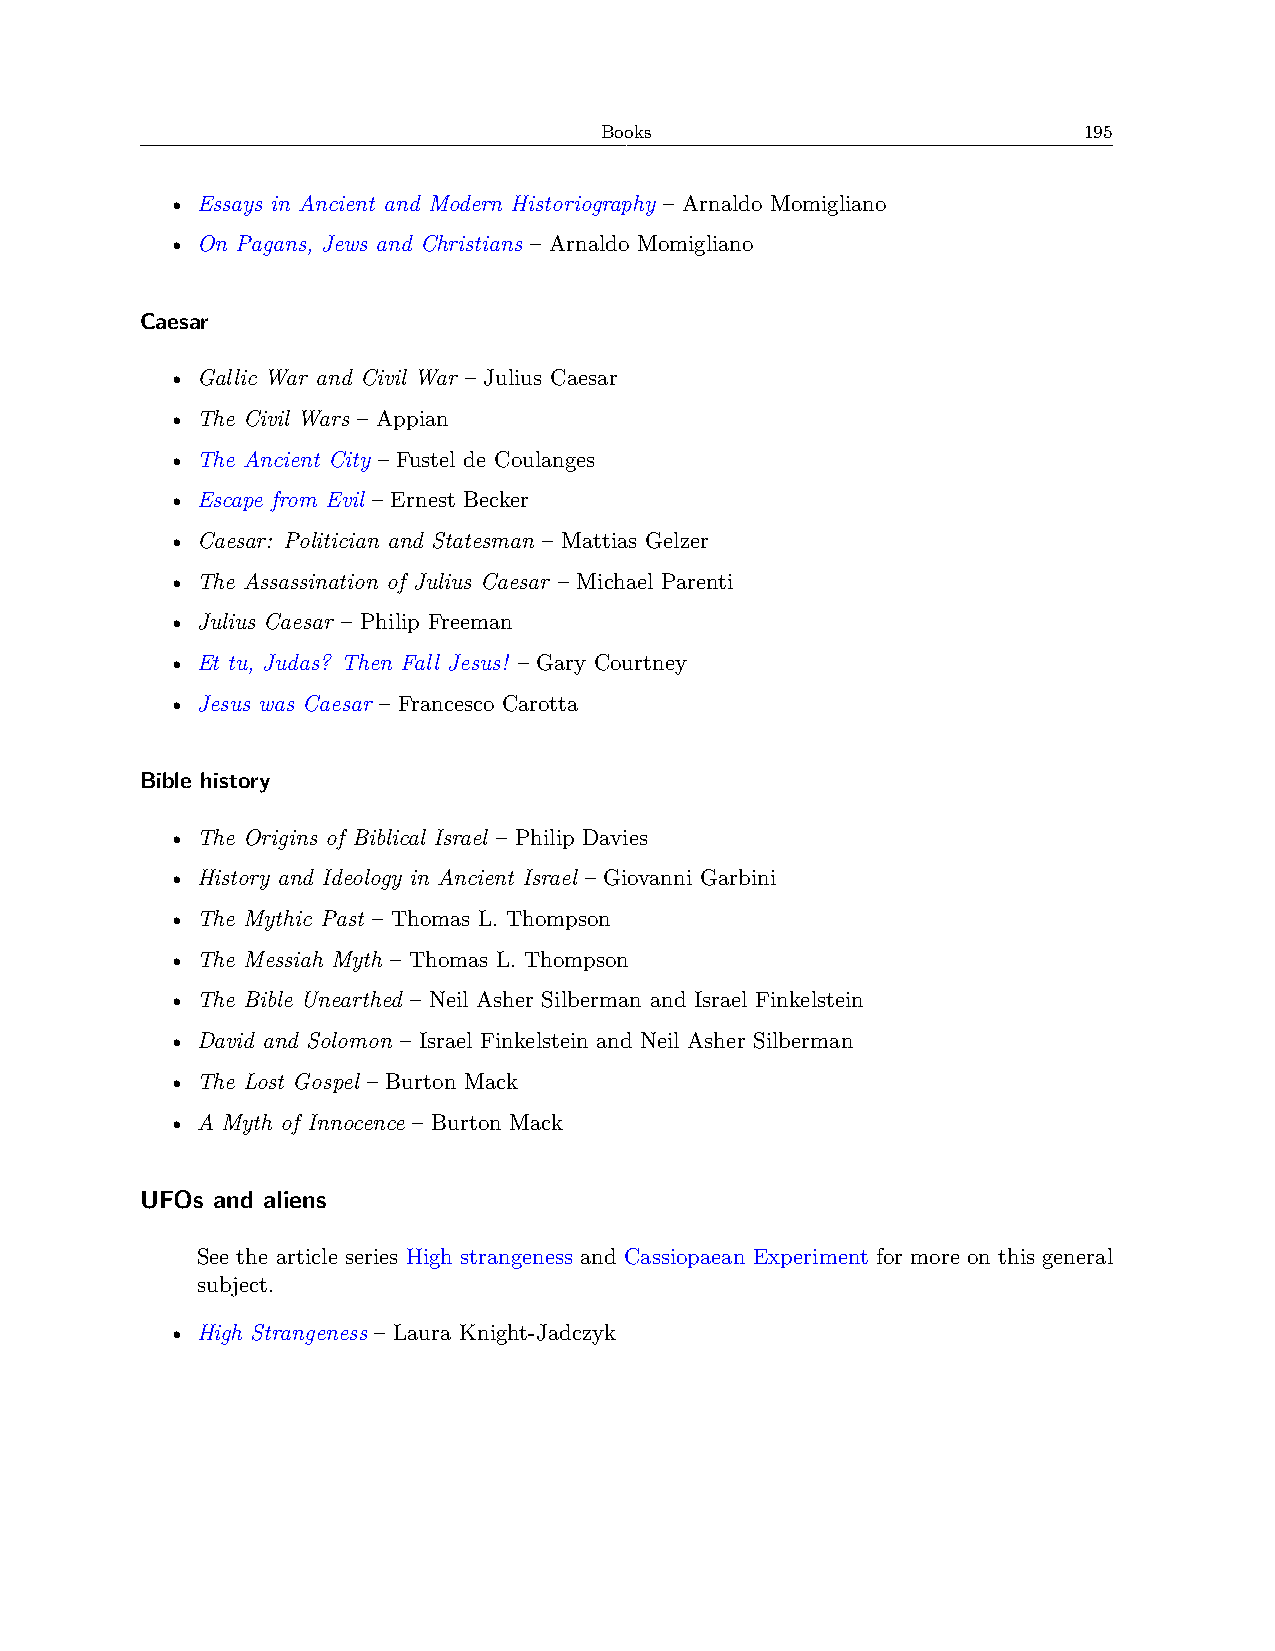
Books                           195
 • Essays in Ancient and Modern Historiography – Arnaldo Momigliano
 • On Pagans, Jews and Christians – Arnaldo Momigliano
 Caesar
 • Gallic War and Civil War – Julius Caesar
 • The Civil Wars – Appian
 • The Ancient City – Fustel de Coulanges
 • Escape from Evil – Ernest Becker
 • Caesar: Politician and Statesman – Mattias Gelzer
 • The Assassination of Julius Caesar – Michael Parenti
 • Julius Caesar – Philip Freeman
 • Et tu, Judas? Then Fall Jesus! – Gary Courtney
 • Jesus was Caesar – Francesco Carotta
 Bible history
 • The Origins of Biblical Israel – Philip Davies
 • History and Ideology in Ancient Israel – Giovanni Garbini
 • The Mythic Past – Thomas L. Thompson
 • The Messiah Myth – Thomas L. Thompson
 • The Bible Unearthed – Neil Asher Silberman and Israel Finkelstein
 • David and Solomon – Israel Finkelstein and Neil Asher Silberman
 • The Lost Gospel – Burton Mack
 • A Myth of Innocence – Burton Mack
 UFOs and aliens
 See the article series High strangeness and Cassiopaean Experiment for more on this general
 subject.
 • High Strangeness – Laura Knight-Jadczyk